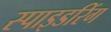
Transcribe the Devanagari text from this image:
स्पाइडरिंग